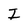
Character: I